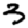
Digit: 3